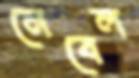
নেবেল